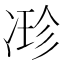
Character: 𠗰